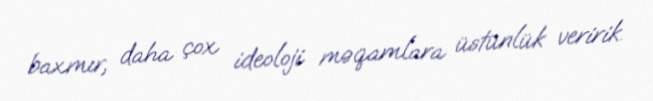
baxmır, daha çox ideoloji məqamlara üstünlük veririk.